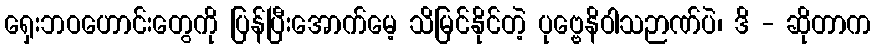
ရှေးဘဝဟောင်းတွေကို ပြန်ပြီးအောက်မေ့ သိမြင်နိုင်တဲ့ ပုဗ္ဗေနိဝါသဉာဏ်ပဲ၊ ဒိ - ဆိုတာက